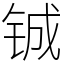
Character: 铖